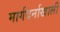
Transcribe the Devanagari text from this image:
मार्गदर्नाखाली